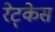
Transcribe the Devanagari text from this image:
रेट्केस